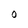
Character: O